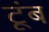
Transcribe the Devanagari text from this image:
टूंब